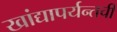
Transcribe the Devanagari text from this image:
खांद्यापर्यन्तची